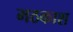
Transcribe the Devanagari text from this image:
मठकाश